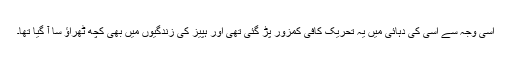
اسی وجہ سے اِسی کی دہائی میں یہ تحریک کافی کمزور پڑ گئی تھی اور ہپیز کی زندگیوں میں بھی کچھ ٹھراؤ سا آ گیا تھا۔